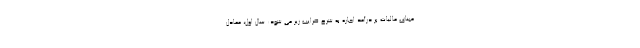
مبنای مالیات بر درآمد اجاره به شرح ضرایب زیر می شود: سال اول، معادل